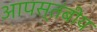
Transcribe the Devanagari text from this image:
आपस्तंबीय